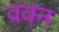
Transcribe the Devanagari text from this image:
ववन